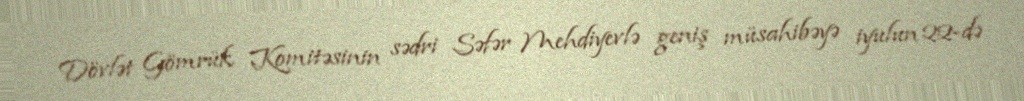
Dövlət Gömrük Komitəsinin sədri Səfər Mehdiyevlə geniş müsahibəyə iyulun 22-də